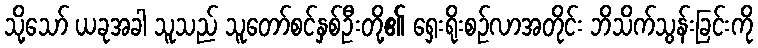
သို့သော် ယခုအခါ သူသည် သူတော်စင်နှစ်ဦးတို့၏ ရှေးရိုးစဉ်လာအတိုင်း ဘိသိက်သွန်းခြင်းကို